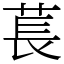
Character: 萇